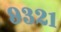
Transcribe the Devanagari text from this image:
९३२१